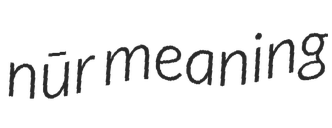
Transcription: nūr meaning